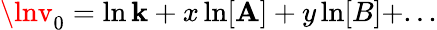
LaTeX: \lnv_{0}=\ln\mathbf{k}+x\ln[\mathbf{A}]+y\ln[B]+...